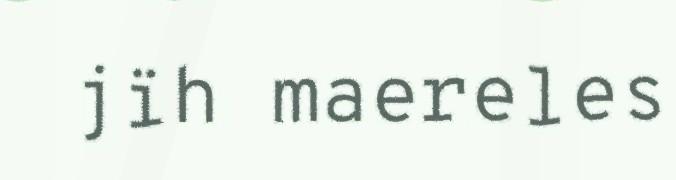
jïh maereles